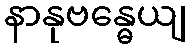
နာနုဗန္ဓေယျ